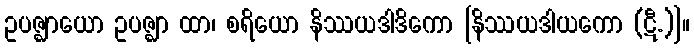
ဥပဇ္ဈာယော ဥပဇ္ဈာ ထာ၊ စရိယော နိဿယဒါဒိကော [နိဿယဒါယကော (ဋီ.)]။